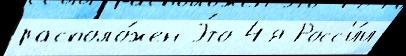
располо́жен Э́то 4-я Росс'и́и